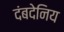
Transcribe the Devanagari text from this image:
दंबदेनिय